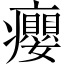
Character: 癭